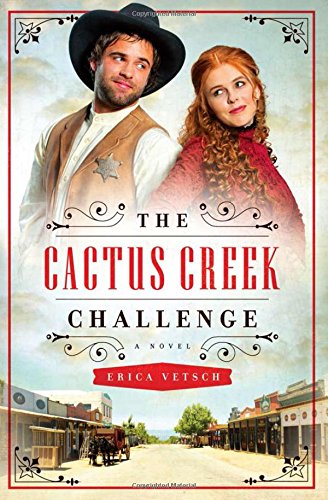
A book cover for The Cactus Creek Challenge; Erica Vetsch; Romance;